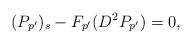
LaTeX: \begin{align*} (P_{p'})_s-F_{p'}(D^2 P_{p'})=0,\end{align*}